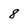
Character: 8